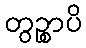
တွဉ္စာပိ